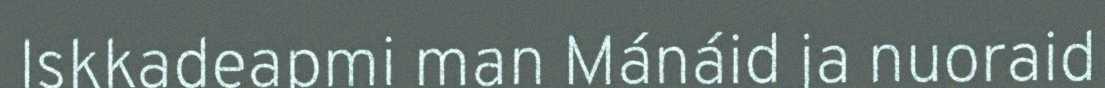
Iskkadeapmi man Mánáid ja nuoraid